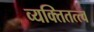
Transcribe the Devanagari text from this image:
व्यक्तितत्त्व